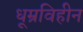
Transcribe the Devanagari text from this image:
धूम्रविहीन